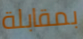
بمقابلة